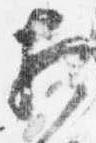
相